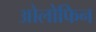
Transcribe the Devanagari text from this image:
ओलोफिन